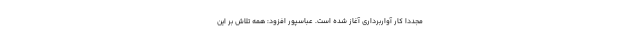
مجددا کار آواربرداری آغاز شده است. عباسپور افزود: همه تلاش بر این